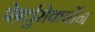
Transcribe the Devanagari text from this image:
पेर्फ़्लुरोकर्बोन